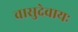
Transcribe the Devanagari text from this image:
वासुदेवायः